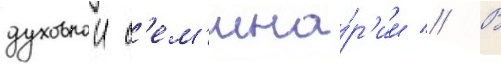
духовнои с'ем'ина́р'ии // В